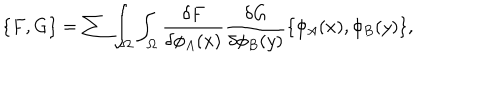
\{ F , G \} = \sum \int _ { \Omega } \int _ { \Omega } { \frac { \delta F } { \delta \phi _ { A } ( x ) } } { \frac { \delta G } { \delta \phi _ { B } ( y ) } } \{ \phi _ { A } ( x ) , \phi _ { B } ( y ) \} ,